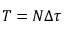
T = N \Delta \tau